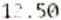
12.50